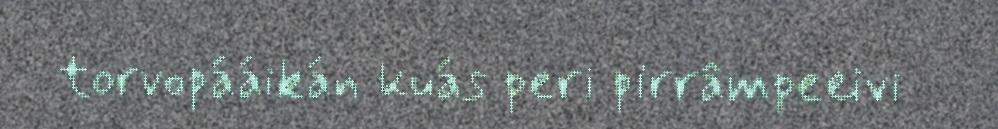
torvopááikán kuás peri pirrâmpeeivi